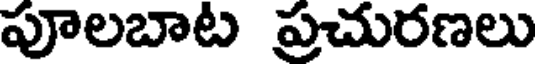
పూలబాట ప్రచురణలు